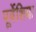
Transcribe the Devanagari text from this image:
पूर्वेशिया